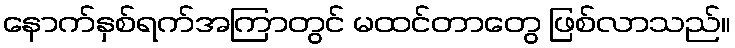
နောက်နှစ်ရက်အကြာတွင် မထင်တာတွေ ဖြစ်လာသည်။